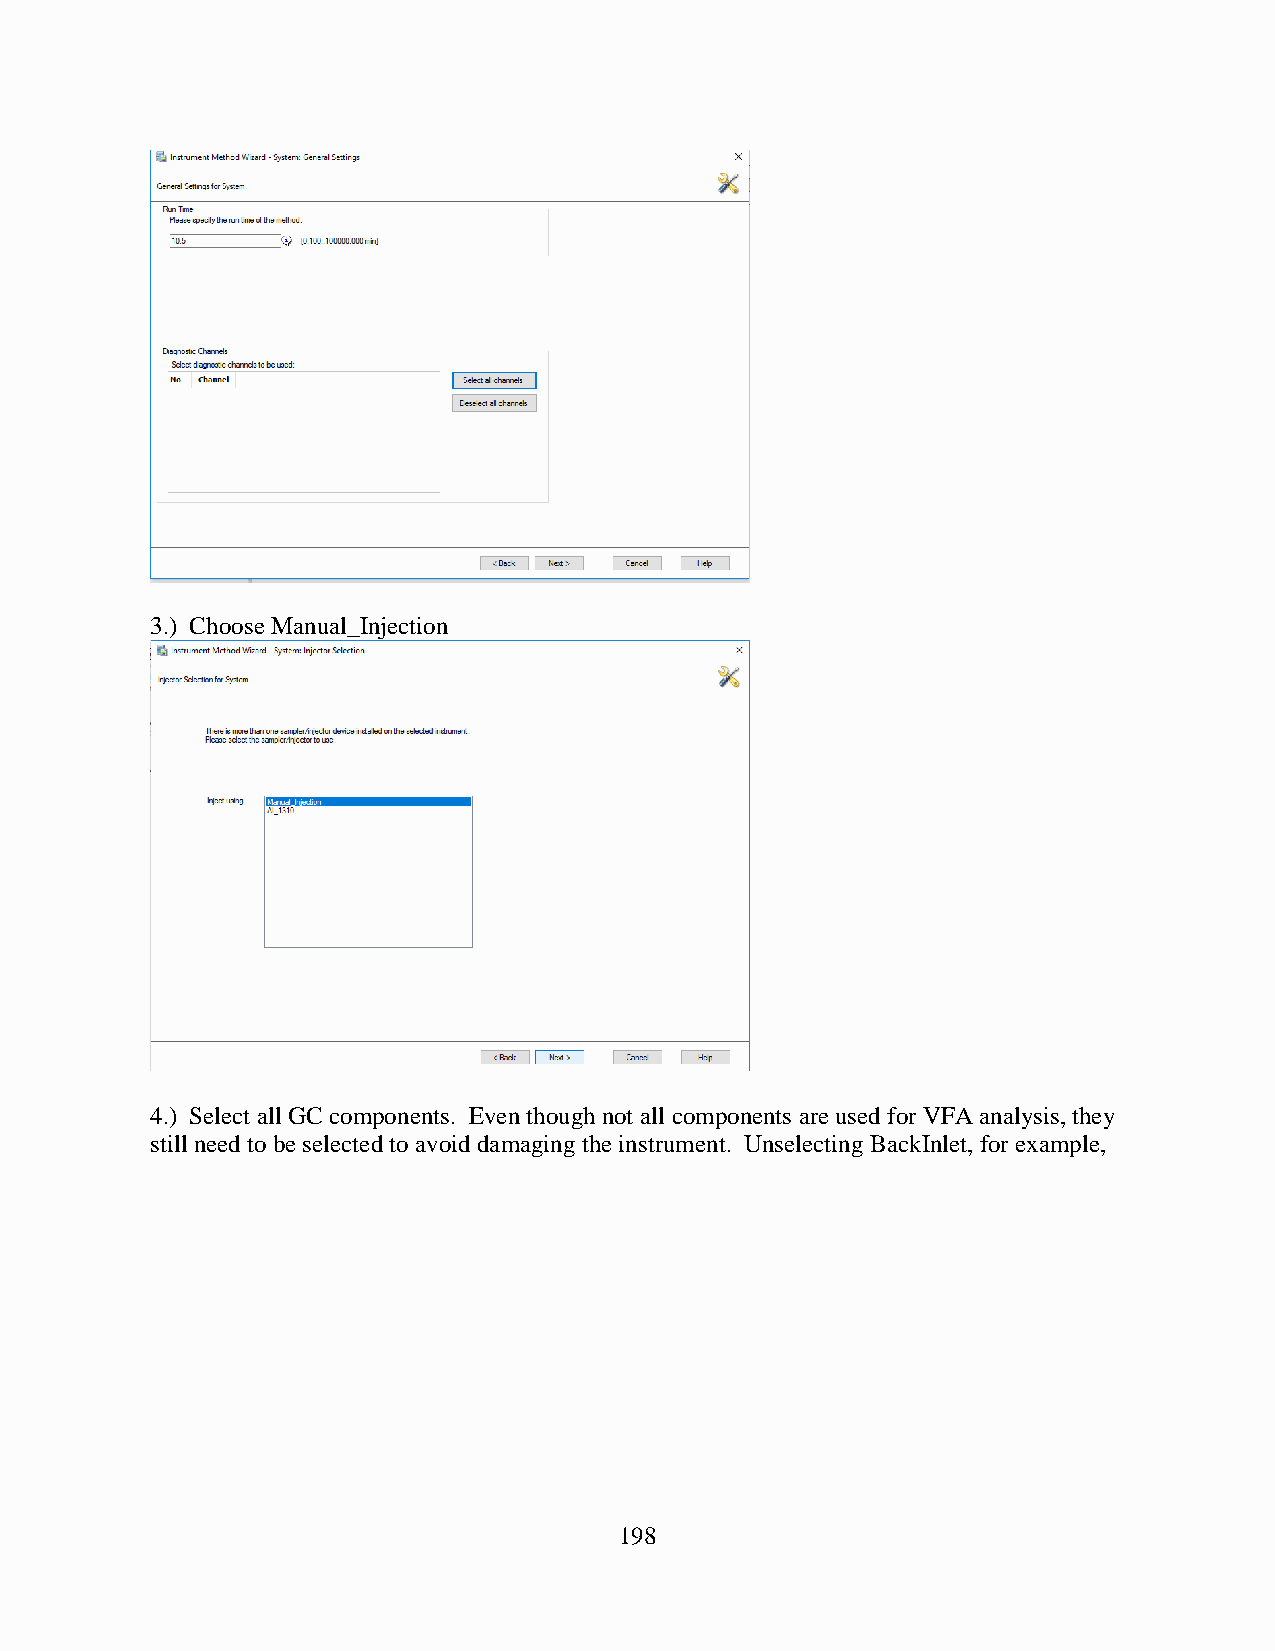
3.) Choose Manual_Injection
 4.) Select all GC components. Even though not all components are used for VFA analysis, they
 still need to be selected to avoid damaging the instrument. Unselecting BackInlet, for example,
 198